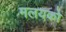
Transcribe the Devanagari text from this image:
मलयको